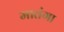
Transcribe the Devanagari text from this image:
मातंगा